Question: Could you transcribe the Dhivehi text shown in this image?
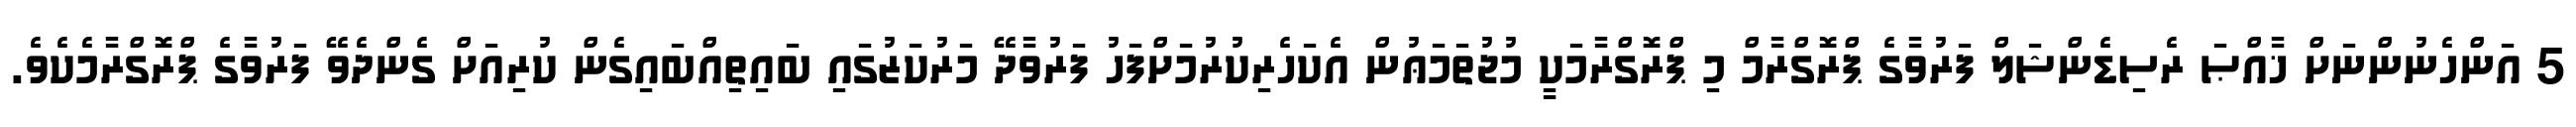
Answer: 5 އަންހެނުންނަށް ޚާއްޞަ ރެސިޑެންޝަލް ފަރުވާގެ ޕްރޮގްރާމް މި ޕްރޮގްރާމަކީ މުޖުތަމަޢުން އެކަހެރިކުރުމަށްފަހު ފަރުވާދޭ މަރުކަޒުގައި ބައިތިއްބައިގެން ކުރިއަށް ގެންދެވޭ ފަރުވާގެ ޕްރޮގްރާމެކެވެ.